Civil Veterinary Dept. Bombay admin report 1923-31 - 1923-1931
Year: 1923
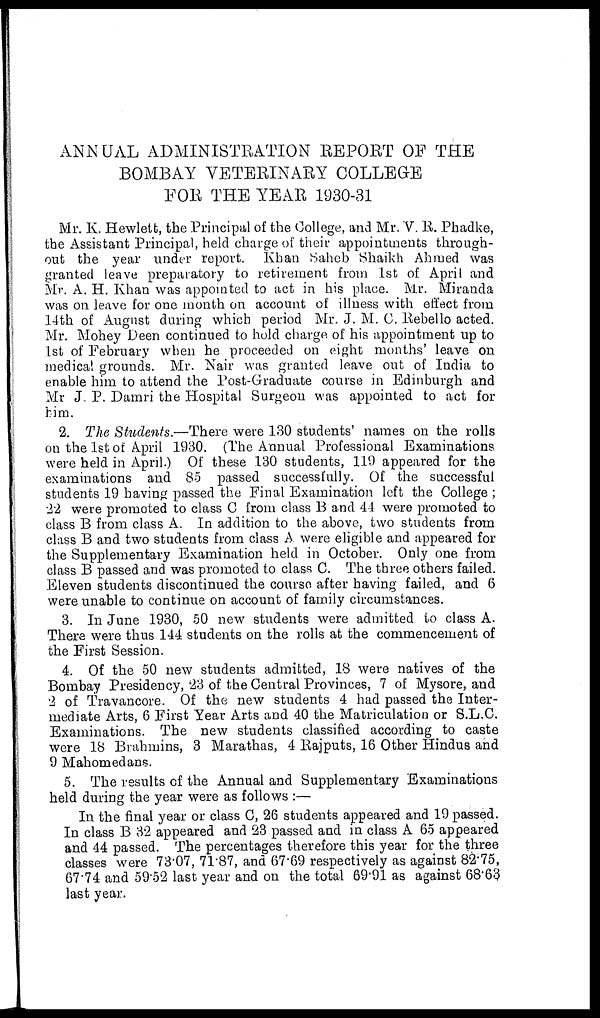
ANNUAL ADMINISTRATION REPORT OF THE
BOMBAY VETERINARY COLLEGE
FOR THE YEAR 1930-31
Mr. K. Hewlett, the Principal of the College, and Mr. "V. R. Phadke,
the Assistant Principal, held charge of their appointments through-
out the year under report. Khan Saheb Shaikh Ahmed was
granted leave preparatory to retirement from 1st of April and
Mr. A. H. Khan was appointed to act in his place. Mr. Miranda
was on leave for one month on account of illness with effect from
14th of August during which period Mr. J. M. C. Rebello acted.
Mr. Mohey Deen continued to hold charge of his appointment up to
1st of February when he proceeded on eight months' leave on
medical grounds. Mr. Nair was granted leave out of India to
enable him to attend the Post-Graduate course in Edinburgh and
Mr J. P. Damri the Hospital Surgeon was appointed to act for
him.
2. The Students.—There were 130 students' names on the rolls
on the 1st of April 1930. (The Annual Professional Examinations
were held in April.) Of these 130 students, 119 appeared for the
examinations and 85 passed successfully. Of the successful
students 19 having passed the Final Examination left the College;
22 were promoted to class C from class B and 44 were promoted to
class B from class A. In addition to the above, two students from
class B and two students from class A were eligible and appeared for
the Supplementary Examination held in October. Only one from
class B passed and was promoted to class C. The three others failed.
Eleven students discontinued the course after having failed, and 6
were unable to continue on account of family circumstances.
3. In June 1930, 50 new students were admitted to class A.
There were thus 144 students on the rolls at the commencement of
the First Session.
4. Of the 50 new students admitted, 18 were natives of the
Bombay Presidency, 23 of the Central Provinces, 7 of Mysore, and
2 of Travancore. Of the new students 4 had passed the Inter-
mediate Arts, 6 First Year Arts and 40 the Matriculation or S.L.C.
Examinations. The new students classified according to caste
were 18 Brahmins, 3 Marathas, 4 Rajputs, 16 Other Hindus and
9 Mahomedans.
5. The results of the Annual and Supplementary Examinations
held during the year were as follows:—
In the final year or class C, 26 students appeared and 19 passed.
In class B 32 appeared and 23 passed and in class A 65 appeared
and 44 passed. The percentages therefore this year for the three
classes were 73.07, 71.87, and 67.69 respectively as against 82.75,
67.74 and 59.52 last year and on the total 69.91 as against 68.63
last year.